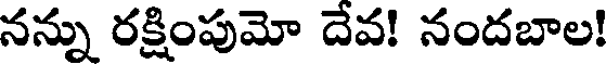
నన్ను రక్షింపుమో దేవ! నందబాల!